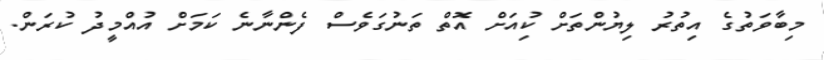
މިބާވަތުގެ އިތުރު ލިޔުންތަށް ކުިއަށް އޮތް ތަނުގަވެސް ފެންނާނެ ކަމަށް އުއްމީދު ކުރަން.